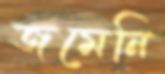
জমেনি